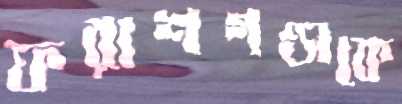
ফরাশগঞ্জকে